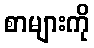
စာများကို